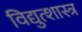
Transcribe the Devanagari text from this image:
विद्युत्शास्त्र